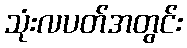
သုံးလပတ်အတွင်း